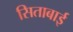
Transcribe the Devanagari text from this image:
सिताबाई